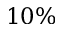
1 0 \%